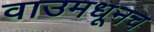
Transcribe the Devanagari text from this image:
वाउमधूनच